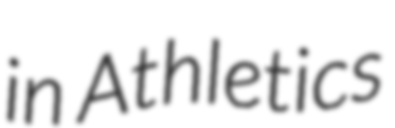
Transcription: in Athletics